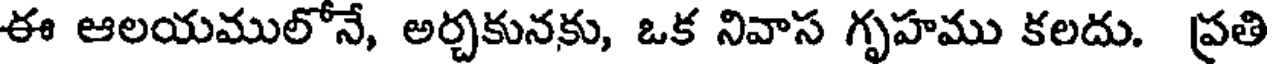
ఈ ఆలయములోనే, అర్చకునకు, ఒక నివాస గృహము కలదు. ప్రతి